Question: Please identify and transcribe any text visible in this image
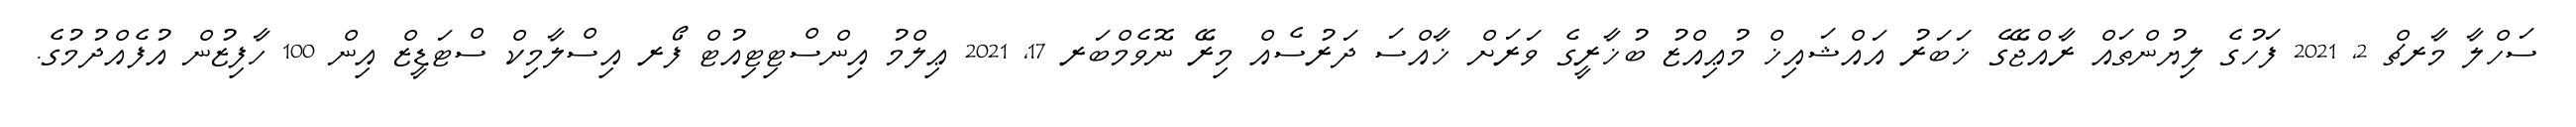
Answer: ސަހްލާ މާރޗް 2, 2021 ފަހުގެ ލިޔުންތައް ރާއްޖޭގެ ޚަބަރު އައްޝައިޚް މުޢިއްޒު ބުޚާރީގެ ވަރަށް ޚާއްސަ ދަރުސެއް މިރޭ ނޮވެމްބަރ 17, 2021 ޢިލްމު އިންސްޓިޓިއުޓް ފޯރ އިސްލާމިކް ސްޓަޑީޒް އިން 100 ހާފިޒުން އުފެއްދުމުގެ.